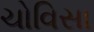
ચોવિસા